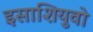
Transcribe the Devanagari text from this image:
इसाशियुवो